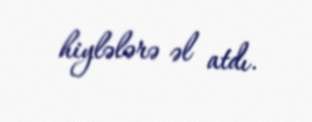
hiylələrə əl atdı.